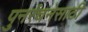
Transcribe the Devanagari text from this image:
पुनर्रचनेसाठी